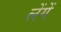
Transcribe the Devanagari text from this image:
लेंगें